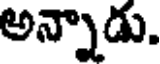
అన్నాడు.